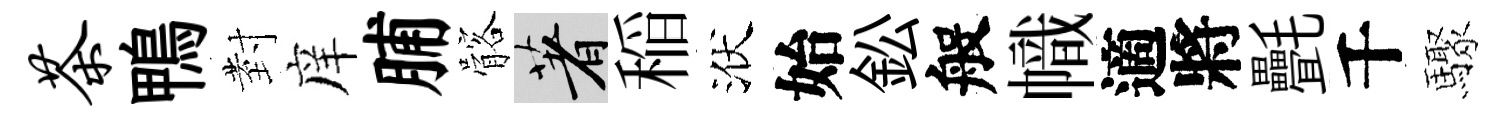
茶鴨𭔹庠脯髂著稲洑始鈆般幟適將㲲千驟